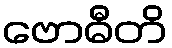
ဗောဓီတိ